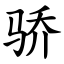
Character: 骄